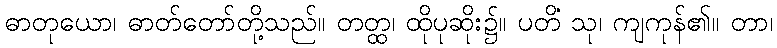
ဓာတုယော၊ ဓာတ်တော်တို့သည်။ တတ္ထ၊ ထိုပုဆိုး၌။ ပတိံ သု၊ ကျကုန်၏။ တာ၊